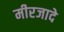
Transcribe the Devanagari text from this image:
मीरजादे